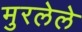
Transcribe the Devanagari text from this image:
मुरलेले